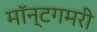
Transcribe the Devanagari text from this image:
मॉन्टगमरी